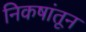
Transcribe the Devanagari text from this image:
निकषांतून